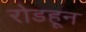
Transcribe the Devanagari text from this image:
रोडहून